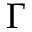
\Gamma